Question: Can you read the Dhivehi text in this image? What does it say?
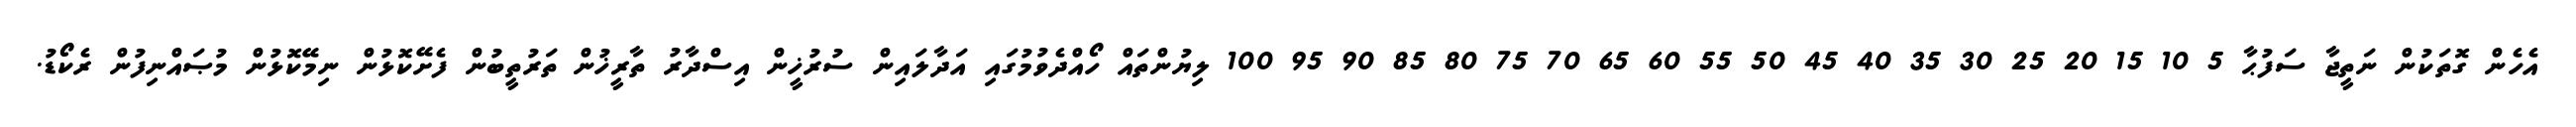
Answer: އެހެން ގޮތަކުން ނަތީޖާ ސަފުޙާ 5 10 15 20 25 30 35 40 45 50 55 60 65 70 75 80 85 90 95 100 ލިޔުންތައް ހޯއްދެވުމުގައި އަދާލައިން ސުރުޚީން އިސްދާރު ތާރީޚުން ތަރުތީބުން ފެށޭކޮޅުން ނިމޭކޮޅުން މުޞައްނިފުން ރެކޯޑު.